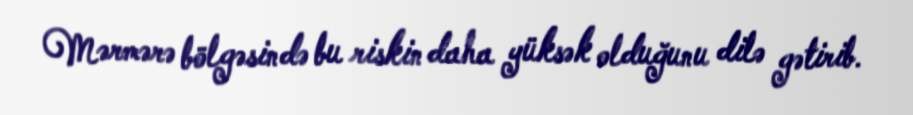
Mərmərə bölgəsində bu riskin daha yüksək olduğunu dilə gətirib.